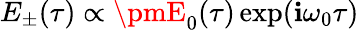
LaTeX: E_{\pm}(\tau)\propto\pmE_{0}(\tau)\exp(\mathbf{i}\omega_{0}\tau)